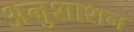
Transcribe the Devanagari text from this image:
अनुशाशन